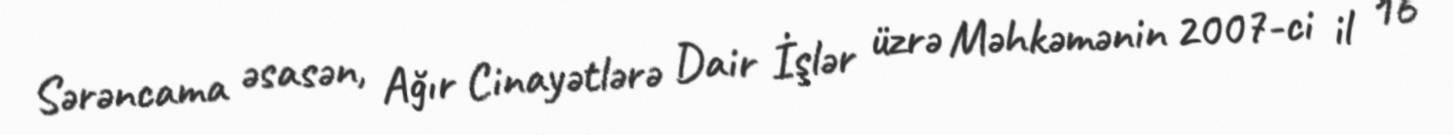
Sərəncama əsasən, Ağır Cinayətlərə Dair İşlər üzrə Məhkəmənin 2007-ci il 16